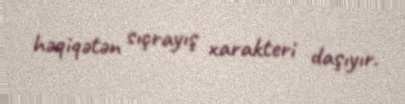
həqiqətən sıçrayış xarakteri daşıyır.